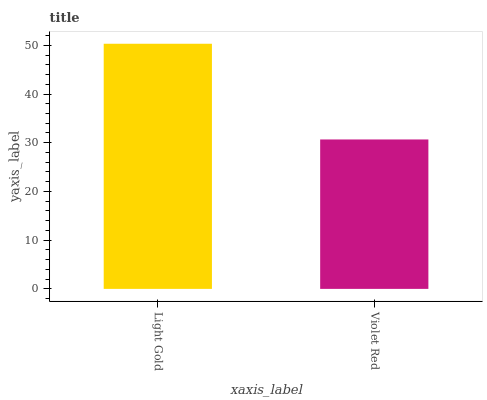
| xaxis_label | bars |
 | --- | --- |
 | Light Gold | 50.3 |
 | Violet Red | 30.7 |